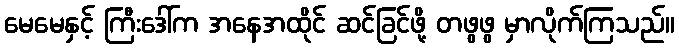
မေမေနှင့် ကြီးဒေါ်က အနေအထိုင် ဆင်ခြင်ဖို့ တဖွဖွ မှာလိုက်ကြသည်။